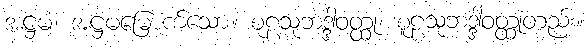
အဋ္ဌမံ၊ အဋ္ဌမမြောက်သော။ စူဠသုဘဒ္ဒါဝတ္ထု၊ စူဠသုဘဒ္ဒါဝတ္ထုတည်း။